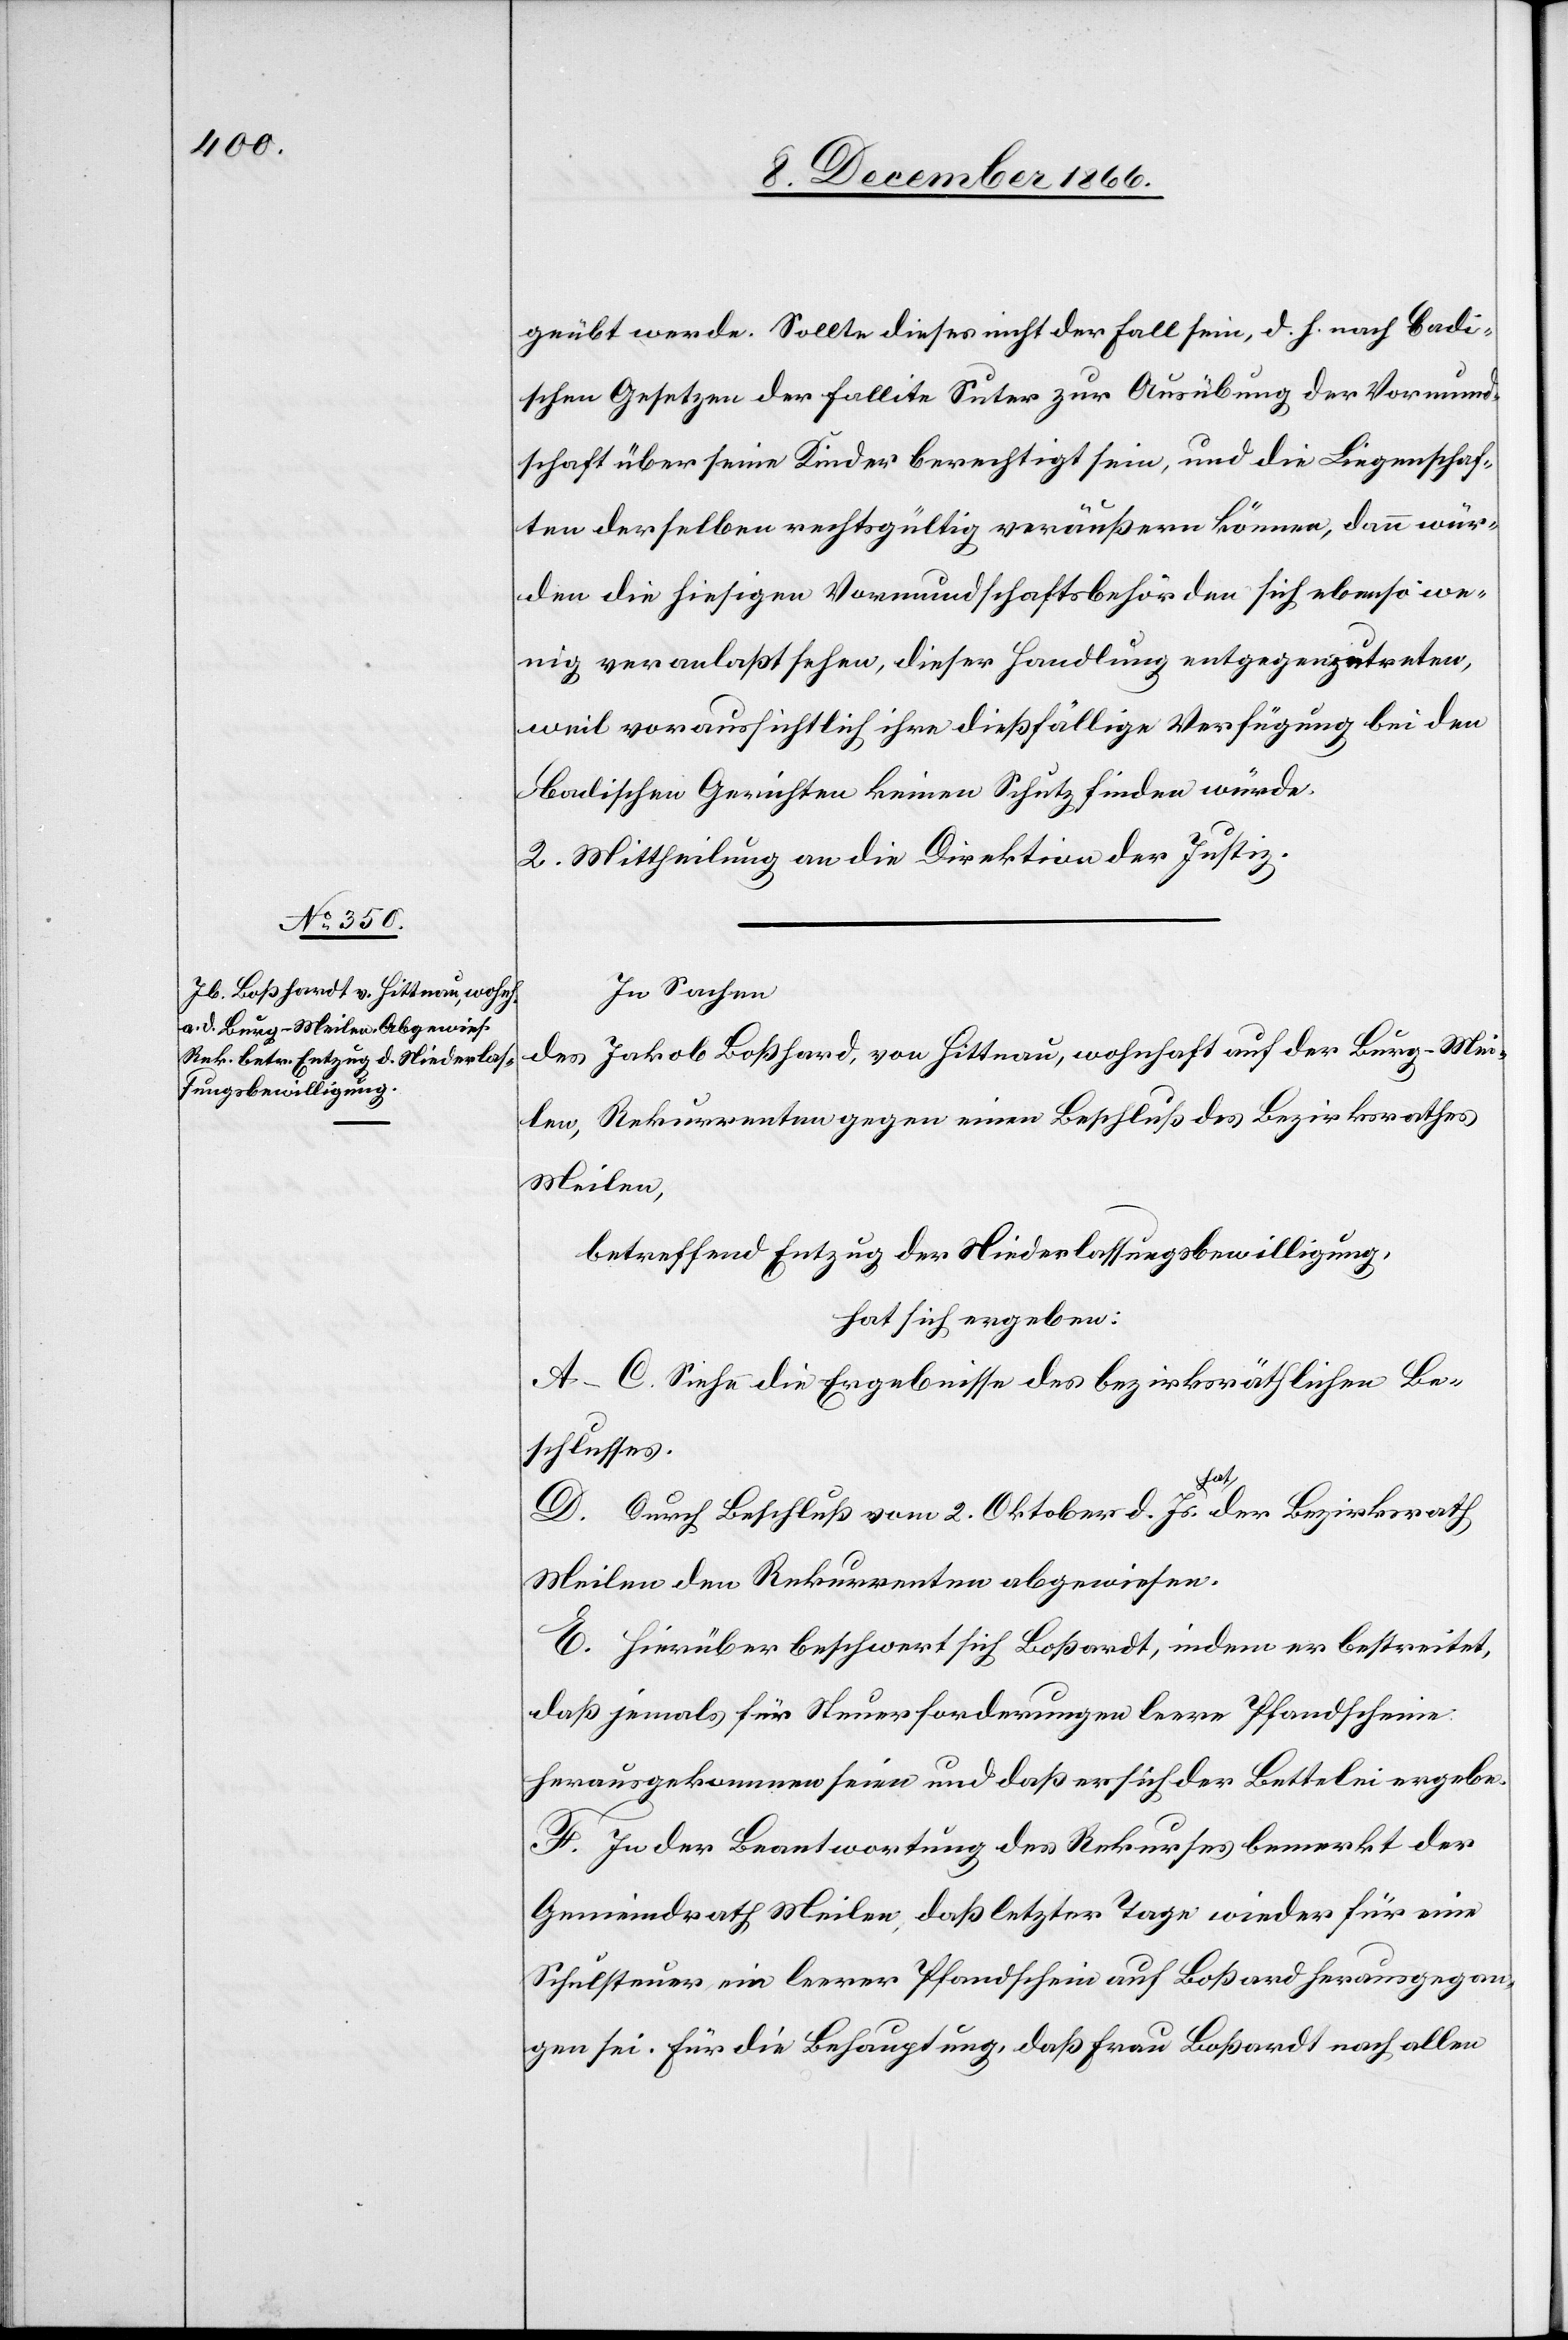
geübt werde. Sollte dieses nicht der Fall sein, d. h. nach Badi¬
schen Gesetzen der fallite Suter zur Ausübung der Vormund¬
schaft über seine Kinder berechtigt sein, und die Liegenschaf¬
ten derselben rechtsgültig veräußern können, dann wür¬
den die hiesigen Vormundschaftsbehörden sich ebenso we¬
nig veranlaßt sehen, dieser Handlung entgegenzutreten,
weil voraussichtlich ihre dießfällige Verfügung bei den
Badischen Gerichten keinen Schutz finden würde.
2. Mittheilung an die Direktion der Justiz.
In Sachen
des Jakob Boßhard [sic!], von Hittnau, wohnhaft auf der Burg-Mei¬
len, Rekurrenten gegen einen Beschluß des Bezirksrathes
Meilen.
betreffend Entzug der Niederlassungsbewilligung,
hat sich ergeben:
A–C. Siehe die Ergebnisse des bezirksräthlichen Be¬
schlusses.
D. Durch Beschluß vom 2. Oktober d. Js. hat der Bezirksrath
Meilen den Rekurrenten abgewiesen.
E. Hierüber beschwert sich Boßhardt, indem er bestreitet,
daß jemals für Steuerforderungen leere Pfandscheine
herausgekommen seien und daß er sich der Bettelei ergebe.
F. In der Beantwortung des Rekurses bemerkt der
Gemeindrath Meilen, daß letzter Tage wieder für eine
Schulsteuer ein leerer Pfandschein auf Boßhard herausgegan¬
gen sei. Für die Behauptung, daß Frau Boßhardt nach allen